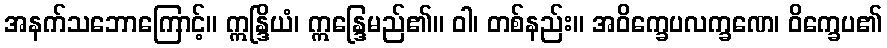
အနက်သဘောကြောင့်။ ဣန္ဒြိယံ၊ ဣန္ဒြေမည်၏။ ဝါ၊ တစ်နည်း။ အဝိက္ခေပလက္ခဏေ၊ ဝိက္ခေပ၏